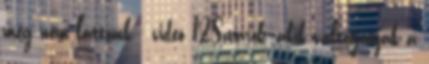
még nem láttunk - videó 12Sztárok, akik váltogatják a